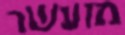
מועשר